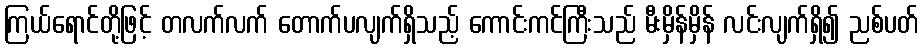
ကြယ်ရောင်တို့ဖြင့် တလက်လက် တောက်ပလျက်ရှိသည့် ကောင်းကင်ကြီးသည် မီးမှိန်မှိန် လင်းလျက်ရှိ၍ ညစ်ပတ်